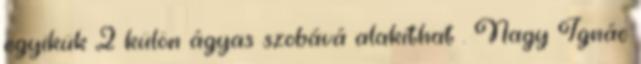
egyikük 2 külön ágyas szobává alakíthat . Nagy Ignác